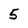
Character: 5